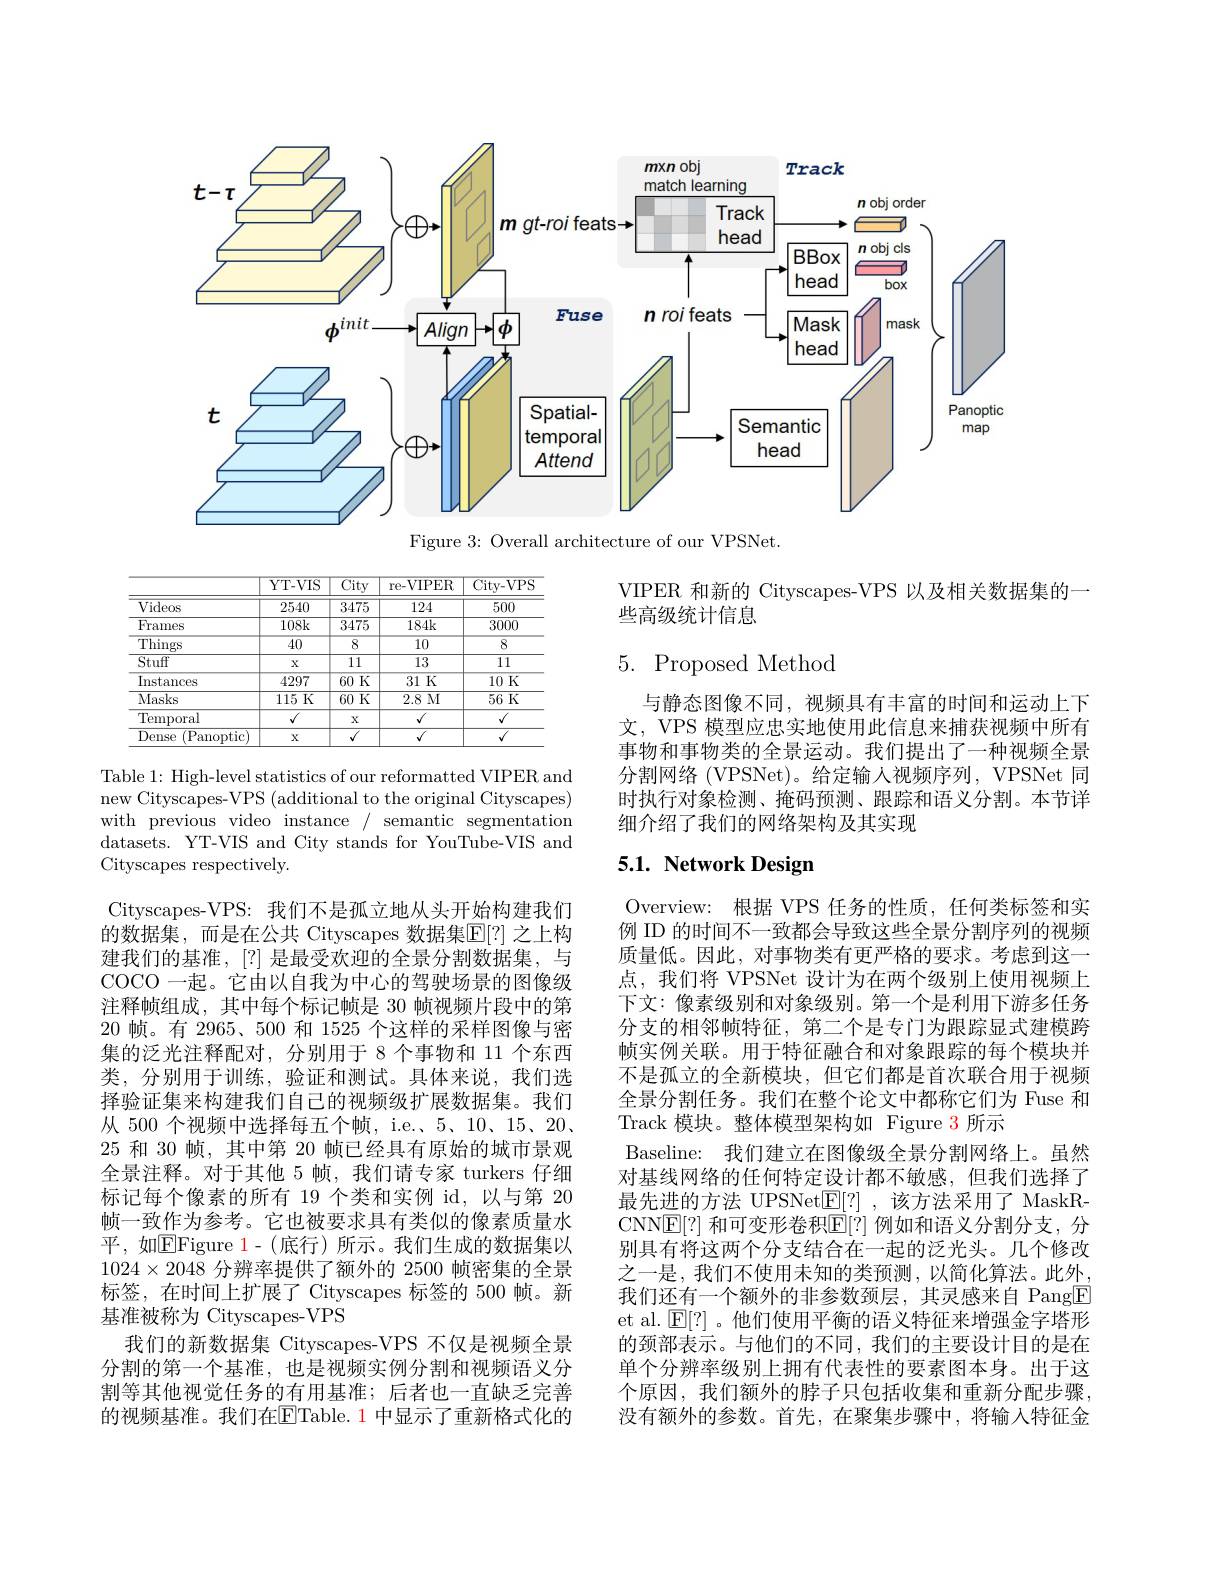
<FigureHere>

Figure 3: Overall architecture of our ***Net.

VIPER 和新的 Cityscapes-*** 以及相关数据集的一
些高级统计信息

<table>
	<tbody>
		<tr>
			<th> </th>
			<th>YT- VIS</th>
			<th>$\overline{\mathrm{City}}$</th>
			<th>re-VIPER</th>
			<th>${\overline{{\mathrm{City-***}}}}$</th>
		</tr>
		<tr>
			<td>Videos</td>
			<td>2540</td>
			<td>$\overline{3475}$</td>
			<td>124</td>
			<td>500</td>
		</tr>
		<tr>
			<td>Frames</td>
			<td>$108k$</td>
			<td>$\overline{3475}$</td>
			<td>184k</td>
			<td>3000</td>
		</tr>
		<tr>
			<td>$\operatorname{Things}$</td>
			<td>$\overline{40}$</td>
			<td>8</td>
			<td>10</td>
			<td>8</td>
		</tr>
		<tr>
			<td>Stuff</td>
			<td>$X$</td>
			<td>11</td>
			<td>13</td>
			<td>111</td>
		</tr>
		<tr>
			<td>Instances</td>
			<td>4297</td>
			<td>$\overline{60\text{ K}}$</td>
			<td>31K</td>
			<td>10K</td>
		</tr>
		<tr>
			<td>Masks</td>
			<td>115 K</td>
			<td>$\overline{60\text{ K}}$</td>
			<td>2.8 M</td>
			<td>56K</td>
		</tr>
		<tr>
			<td>Temporal</td>
			<td>$\sqrt{\sqrt{1}}$</td>
			<td>X</td>
			<td>$V$</td>
			<td>$\sqrt{1}$</td>
		</tr>
		<tr>
			<td>Dense (Panoptic)</td>
			<td>X</td>
			<td>1</td>
			<td> </td>
			<td>$f$</td>
		</tr>
	</tbody>
</table>

# 5. Proposed Method

与静态图像不同，视频具有丰富的时间和运动上下文，*** 模型应忠实地使用此信息来捕获视频中所有事物和事物类的全景运动。我们提出了一种视频全景分割网络 (***Net)。给定输人视频序列，***Net 同时执行对象检测、掩码预测、跟踪和语义分割。本节详细介绍了我们的网络架构及其实现

Table 1: High-level statistics of our reformatted VIPER and new Cityscapes-*** (additional to the original Cityscapes) with previous video instance/ semantic segmentation datasets. YT-VIS and City stands for YouTube-VIS and Cityscapes respectively.

# 5.1. Network Design

Cityscapes-***: 我们不是孤立地从头开始构建我们的数据集，而是在公共 Cityscapes 数据集$\mathbb{E}[?]$ 之上构建我们的基准，[?] 是最受欢迎的全景分割数据集，与COCO 一起。它由以自我为中心的驾驶场景的图像级注释帧组成，其中每个标记帧是 30 帧视频片段中的第20帧。有 2965、500 和 1525 个这样的采样图像与密集的泛光注释配对，分别用于 8 个事物和 11 个东西类，分别用于训练，验证和测试。具体来说，我们选择验证集来构建我们自己的视频级扩展数据集。我们从 500 个视频中选择每五个帧，i.e.、5、10、15、20、 25和 30 帧，其中第 20 帧已经具有原始的城市景观全景注释。对于其他 5 帧，我们请专家 turkers 仔细标记每个像素的所有 19 个类和实例 id,以与第 20帧一致作为参考。它也被要求具有类似的像素质量水平，如EFigure 1- ( 底 行 ) 所 示 。我 们 生 成 的 数 据 集 以 $1024\times2048$分辨率提供了额外的 2500 帧密集的全景标签，在时间上扩展了 Cityscapes 标签的 500 帧。新基准被称为 Cityscapes-***
我们的新数据集 Cityscapes-*** 不仅是视频全景分割的第一个基准，也是视频实例分割和视频语义分割等其他视觉任务的有用基准；后者也一直缺乏完善的视频基准。我们在$\overline{\mathrm{E}}$Table. 1 中显示了重新格式化的

Overview: 根据 *** 任务的性质，任何类标签和实例 ID 的时间不一致都会导致这些全景分割序列的视频质量低。因此，对事物类有更严格的要求。考虑到这一点，我们将 ***Net 设计为在两个级别上使用视频上下文：像素级别和对象级别。第一个是利用下游多任务分支的相邻帧特征，第二个是专门为跟踪显式建模跨帧实例关联。用于特征融合和对象跟踪的每个模块并不是孤立的全新模块，但它们都是首次联合用于视频全景分割任务。我们在整个论文中都称它们为 Fuse 和Track 模块。整体模型架构如 Figure 3 所示
Baseline: 我们建立在图像级全景分割网络上。虽然对基线网络的任何特定设计都不敏感，但我们选择了最先进的方法 UPSNet$\underline{\mathrm{E}}[?]$ ,该方法采用了 MaskRCNN$\boxed{\mathrm{E}}[?]$ 和可变形卷积$\boxed{\mathrm{E}}[?]$ 例如和语义分割分支，分别具有将这两个分支结合在一起的泛光头。几个修改之一是，我们不使用未知的类预测，以简化算法。此外， 我们还有一个额外的非参数颈层，其灵感来自 Pang$\boxed{\mathrm{F}}$ et al. $\mathbb{E}[?]$。他们使用平衡的语义特征来增强金字塔形的颈部表示。与他们的不同，我们的主要设计目的是在单个分辨率级别上拥有代表性的要素图本身。出于这个原因，我们额外的脖子只包括收集和重新分配步骤， 没有额外的参数。首先，在聚集步骤中，将输入特征金